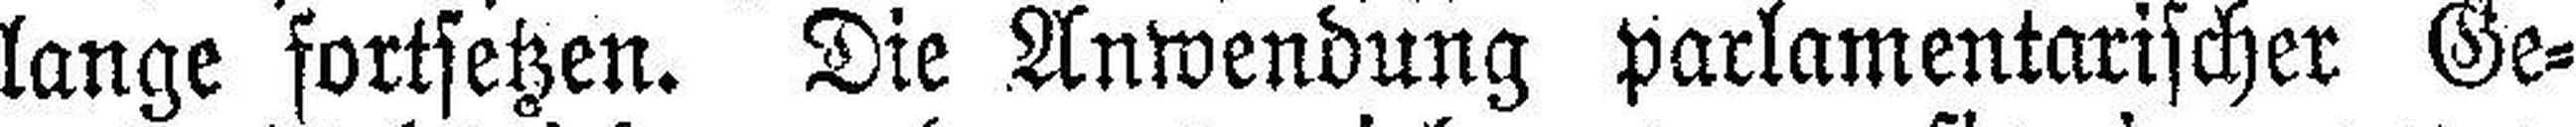
lange fortsetzen. Die Anwendung parlamentarischer Ge¬